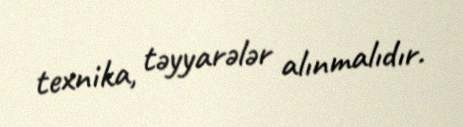
texnika, təyyarələr alınmalıdır.